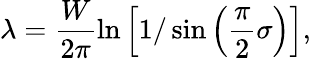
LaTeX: \lambda=\frac{W}{2\pi}\ln\left[{1/\sin\left(\frac{\pi}{2}\sigma\right)}\right],